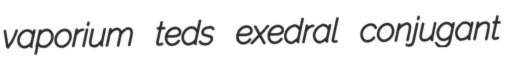
vaporium teds exedral conjugant